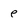
Character: e